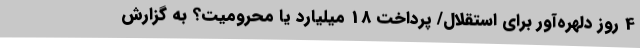
4 روز دلهره‌آور برای استقلال/ پرداخت 18 میلیارد یا محرومیت؟ به گزارش